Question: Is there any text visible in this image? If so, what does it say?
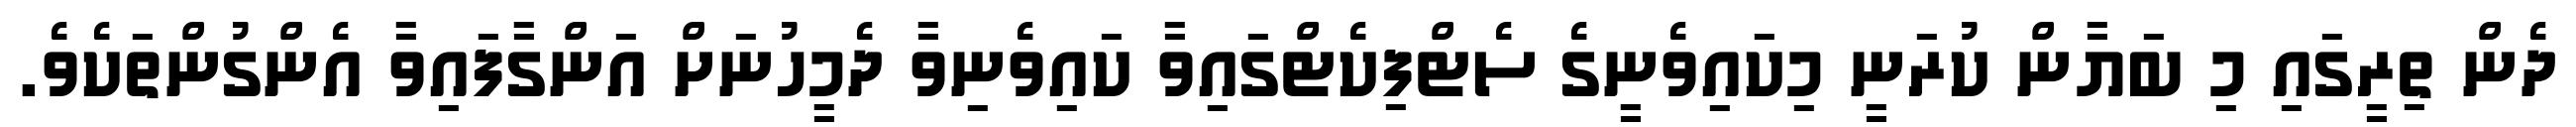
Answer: ދެން ތިރީގައި މި ބަޔާން ކުރަނީ މިކައިވެނީގެ ސެޓްފިކެޓްގައިވާ ކައިވެނިވާ ދެމީހުނަށް އަންގާފައިވާ އެންގުންތަކެވެ.